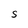
Character: S